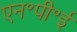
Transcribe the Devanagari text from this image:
एन॰पी॰ई